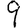
Digit: 9